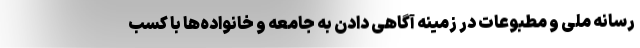
رسانه ملی و مطبوعات در زمینه آگاهی دادن به جامعه و خانواده‌ها با کسب